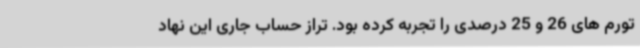
تورم های 26 و 25 درصدی را تجربه کرده بود. تراز حساب جاری این نهاد